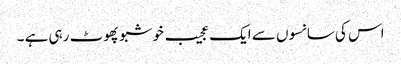
اس کی سانسوں سے ایک عجیب خوشبو پھوٹ رہی ہے ۔